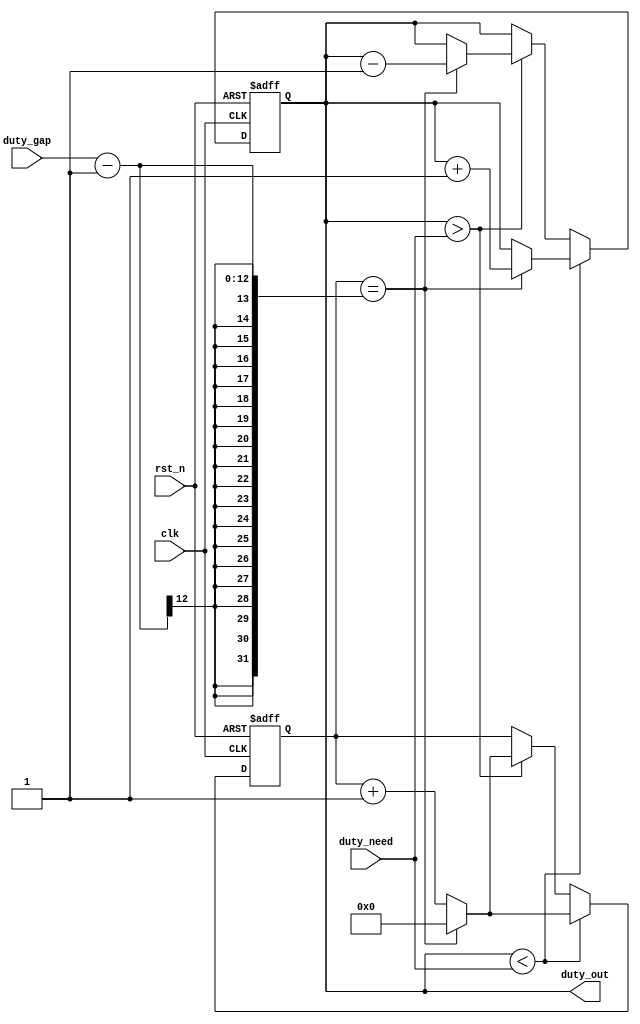
//
//clk 50MHzduty_need[19:0]50_0001ms1_000_00020ms
//      duty_outduty_gap[9:0]10001802
//duty_out[19:0] need
//duty_needduty_out
module set_duty(
        input clk,//50MHz
        input rst_n,//
        input [19:0] duty_need,
        input [11:0] duty_gap,
        output reg [19:0] duty_out
    );

    initial begin
        duty_out=0;
    end

    reg [11:0] count=0;

    always @(posedge clk or negedge rst_n) begin
        if(!rst_n) begin
            duty_out<=0;
            count<=0;
        end
        else begin
            if(duty_out<duty_need) begin
                if(count==duty_gap-1) begin
                    count<=0;
                    duty_out<=duty_out+1;
                end
                else begin
                    count<=count+1;
                end
            end
            else if (duty_out>duty_need) begin
                if(count==duty_gap-1) begin
                    count<=0;
                    duty_out<=duty_out-1;
                end
                else begin
                    count<=count+1;
                end
            end
        end
    end
endmodule